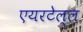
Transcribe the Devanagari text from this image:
एयरटेल्ल